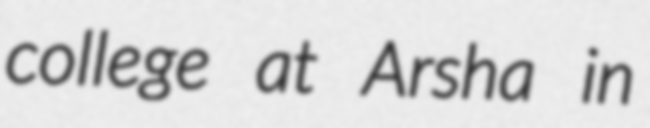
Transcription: college at Arsha in